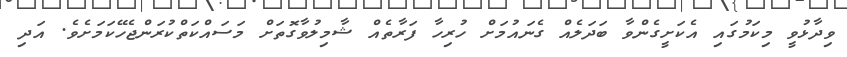
ވިދާޅުވީ މިކަމުގައި އެކަށީގެންވާ ބަދަލެއް ގެނައުމަށް ހުރިހާ ފަރާތެއް ޝާމިލުވާގޮތަށް މަސައްކަތްކުރަންޖެހޭކަމަށެވެ. އަދި